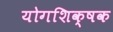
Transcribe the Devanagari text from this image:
योगशिक्षक